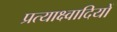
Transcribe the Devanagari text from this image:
प्रत्याक्ष्वादियों